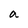
Character: a